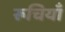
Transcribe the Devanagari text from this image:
रूचियाँ